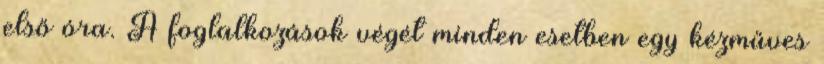
első óra. A foglalkozások végét minden esetben egy kézműves